Calcutta medical institutions reports 1871-78
Year: 1871
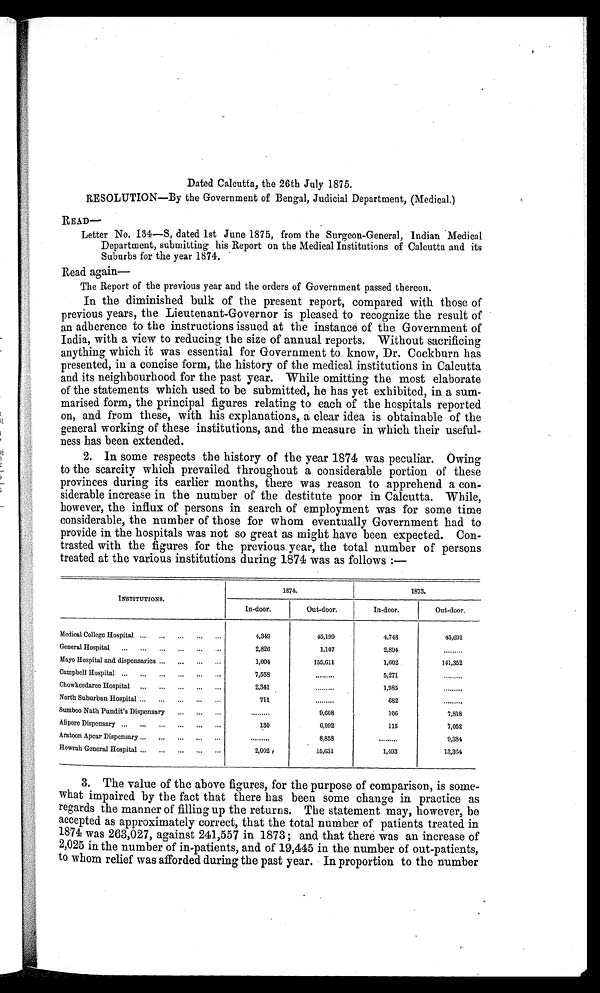
Dated Calcutta, the 26th July 1875.
RESOLUTION—By the Government of Bengal, Judicial Department, (Medical.)
READ —
Letter No. 134—S, dated 1st June 1875, from the Surgeon-General, Indian Medical
Department, submitting his Report on the Medical Institutions of Calcutta and its
Suburbs for the year 1874.
Read again
The Report of the previous year and the orders of Government passed thereon.
In the diminished bulk of the present report, compared with those of
previous years, the Lieutenant-Governor is pleased to recognize the result of
an adherence to the instructions issued at the instance of the Government of
India, with a view to reducing the size of annual reports. Without sacrificing
anything which it was essential for Government to know, Dr. Cockburn has
presented, in a concise form, the history of the medical institutions in Calcutta
and its neighbourhood for the past year. While omitting the most elaborate
of the statements which used to be submitted, he has yet exhibited, in a sum
-
marised form, the principal figures relating to each of the hospitals reported
on, and from these, with his explanations, a clear idea is obtainable of the
general working of these institutions, and the measure in which their useful
-
ness has been extended.
2. In some respects the history of the year 1874 was peculiar. Owing
to the scarcity which prevailed throughout a considerable portion of these
provinces during its earlier months, there was reason to apprehend a con-
siderable increase in the number of the destitute poor in Calcutta. While,
however, the influx of persons in search of employment was for some time
considerable, the number of those for whom eventually Government had to
provide in the hospitals was not so great as might have been expected. Con
-
trasted with the figures for the previous year, the total number of persons
treated at the various institutions during 1874 was as follows:—
INSTITUTIONS.
1874.
1873.
In-door.
Out-door.
In-door.
Out-door.
Medical College Hospital
4,349
45,199
4,748
43,691
General Hospital
2,826
1,107
2,894
.........
Mayo Hospital and dispensaries
1,004
155,611
1,602
141,352
Campbell Hospital
7,558
.........
5,271
.........
Chowkeedaree Hospital
2,341
.........
1,985
.........
North Suburban Hospital
711
.........
682
.........
Sumboo Nath Pundit's Dispensary
.........
9,608
106
7,818
Alipore Dispensary
130
6,092
115
7,052
Aratoon Apcar Dispensary
.........
8,858
.........
9,384
Howrah General Hospital
2, 002
15,631
1,493
13,364
3. The value of the above figures, for the purpose of comparison, is some
-
what impaired by the fact that there has been some change in practice as
regards the manner of filling up the returns. The statement may, however, be
accepted as approximately correct, that the total number of patients treated in
1874 was 263,027, against 241,557 in 1873; and that there was an increase of
2,025 in the number of in-patients, and of 19,445 in the number of out-patients,
to whom relief was afforded during the past year. In proportion to the number